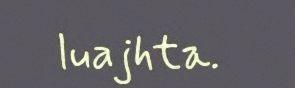
luajhta.